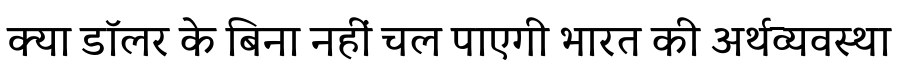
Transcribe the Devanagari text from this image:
क्या डॉलर के बिना नहीं चल पाएगी भारत की अर्थव्यवस्था